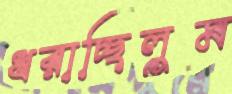
ধরাচ্ছিলুম